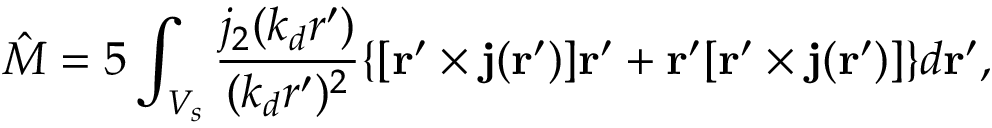
{ \hat { M } } = { 5 } \int _ { V _ { s } } \frac { j _ { 2 } ( k _ { d } r ^ { \prime } ) } { ( k _ { d } r ^ { \prime } ) ^ { 2 } } \{ [ { \bf r } ^ { \prime } \times { \bf j } ( { \bf r } ^ { \prime } ) ] { \bf r } ^ { \prime } + { \bf r } ^ { \prime } [ { \bf r } ^ { \prime } \times { \bf j } ( { \bf r } ^ { \prime } ) ] \} d { \bf r } ^ { \prime } ,